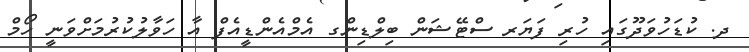
ދ. ކުޑަހުވަދޫގައި ހުރި ފަޔަރ ސްޓޭޝަން ބިލްޑިންގ އެމްއެންޑީއެފް އާ ހަވާލުކުރުމަށްވަނީ ހޯމް